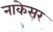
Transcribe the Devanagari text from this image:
नाकेसर